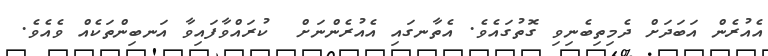
އެއުރެން އަބަދަށް ދެމިތިބެނިވި ގޮތުގައެވެ. އެތާނގައި އެއުރެންނަށް  ކުރައްވާފައިވާ އަނބިންތަކެއް ވެއެވެ.